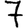
Digit: 7